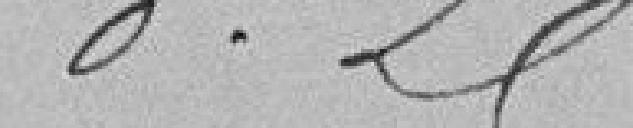
0.25